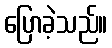
ပြောခဲ့သည်။